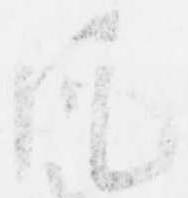
風